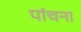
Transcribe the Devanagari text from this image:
पांचना